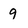
Character: 9